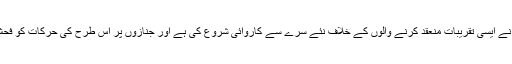
رواں سال چینی حکومت نے ایسی تقریبات منعقد کرنے والوں کے خلاف نئے سرے سے کاروائی شروع کی ہے اور جنازوں پر اس طرح کی حرکات کو فحش اور گھٹیا قرار دیا ہے۔